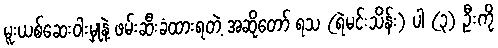
မူးယစ်ဆေးဝါးမှုနဲ့ ဖမ်းဆီးခံထားရတဲ့ အဆိုတော် ရသ (ရဲမင်းသိန်း) ပါ (၃) ဦးကို